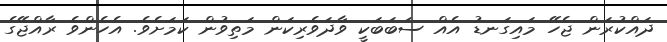
ދަައްކުރަން ޖެހޭ މައިގަނޑު އެއް ސަބަބަކީ ވާދަވެރިކަން މަތިވުން ކަމަށެވެ. އެހެންވެ ރާއްޖޭގެ